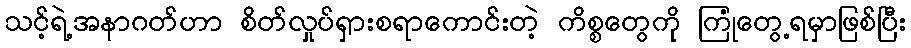
သင့်ရဲ့အနာဂတ်ဟာ စိတ်လှုပ်ရှားစရာကောင်းတဲ့ ကိစ္စတွေကို ကြံုတွေ့ရမှာဖြစ်ပြီး